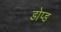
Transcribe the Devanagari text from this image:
डोप्ड